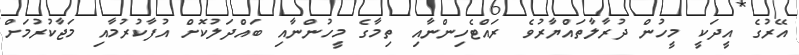
އޭރުގެ އީދަކީ މީހުން ދުރާލާތައްޔާރުވެ ރައްޓެހިންނާއި ތިމާގެ މީހުންނާއި ބައްދަލުކޮށް އުފާކުރުމާއި މަޖާކުރުމަށް